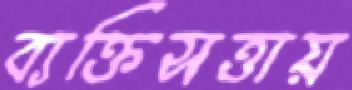
ব্যক্তিসত্তায়